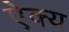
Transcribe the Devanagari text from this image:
ऐक्‍य